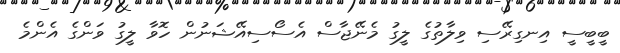
ބީބީސީ އިނގިރޭސި ވިލާތުގެ ލީގު މެނޭޖާސް އެސޯސިއޭޝަނުން ހޮވާ ލީގު ވަންގެ އެންމެ